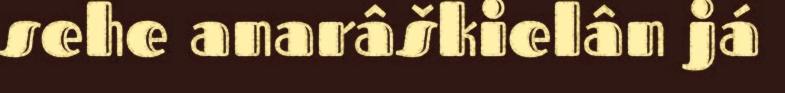
sehe anarâškielân já